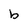
Character: b